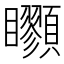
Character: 𩖇